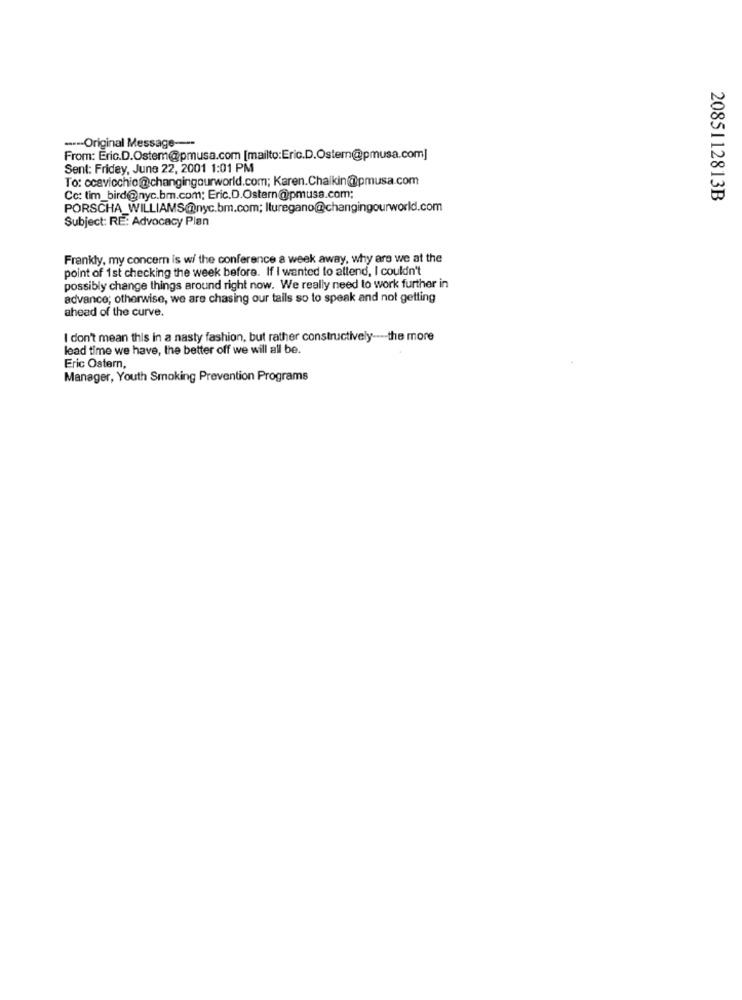
----- Original Message ----
From: Eric.D.Ostem@pmusa.com [mailto:Eric.D.Oster@pmusa.com]
Sent: Friday, June 22, 2001 1:01 PM
To: ccavicchio@changingourworld.com; Karen.Chalkin@pmusa.com
Cc: tim_bird@nyc.bm.com; Eric.D.Ostern@pmusa.com;
2085112813B
PORSCHA_WILLIAMS@nyc.bm.com; Ituregano@changingourworld.com
Subject: RE: Advocacy Plan
Frankly, my concern is w/ the conference a week away, why are we at the
point of 1st checking the week before. If I wanted to attend, I couldn't
possibly change things around right now. We really need to work further in
advance; otherwise, we are chasing our tails so to speak and not getting
ahead of the curve.
I don't mean this in a nasty fashion, but rather constructively ---- the more
lead time we have, the better off we will all be.
Eric Ostern,
Manager, Youth Smoking Prevention Programs